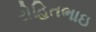
રોહિતભાઇ